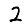
Digit: 2